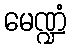
မေဏ္ဍံ